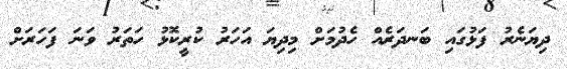
ދިޔަނެރު ފަޅުގައި ބަނދަރެއް ހެދުމަށް މިދިޔަ އަހަރު ކުރީކޮޅު ހަތަރު ވަނަ ފަހަރަށް